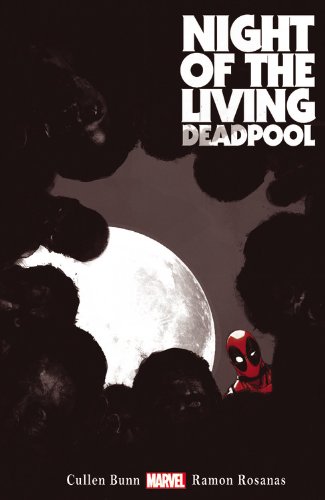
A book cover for Night of the Living Deadpool; Cullen Bunn; Comics & Graphic Novels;